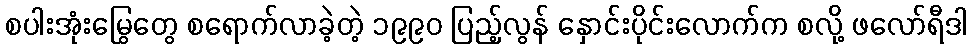
စပါးအုံးမြွေတွေ စရောက်လာခဲ့တဲ့ ၁၉၉၀ ပြည့်လွန် နှောင်းပိုင်းလောက်က စလို့ ဖလော်ရီဒါ